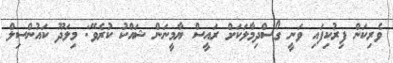
ވެރިކަން ފިރުކިފައި ވަނީ ގޯސްދިމާލަކަށް ރައީސް ޔާމީނަން ޝައްކު ކުރެވޭ: މިލަދޫ ކައުންސިލް